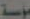
مؤسسة